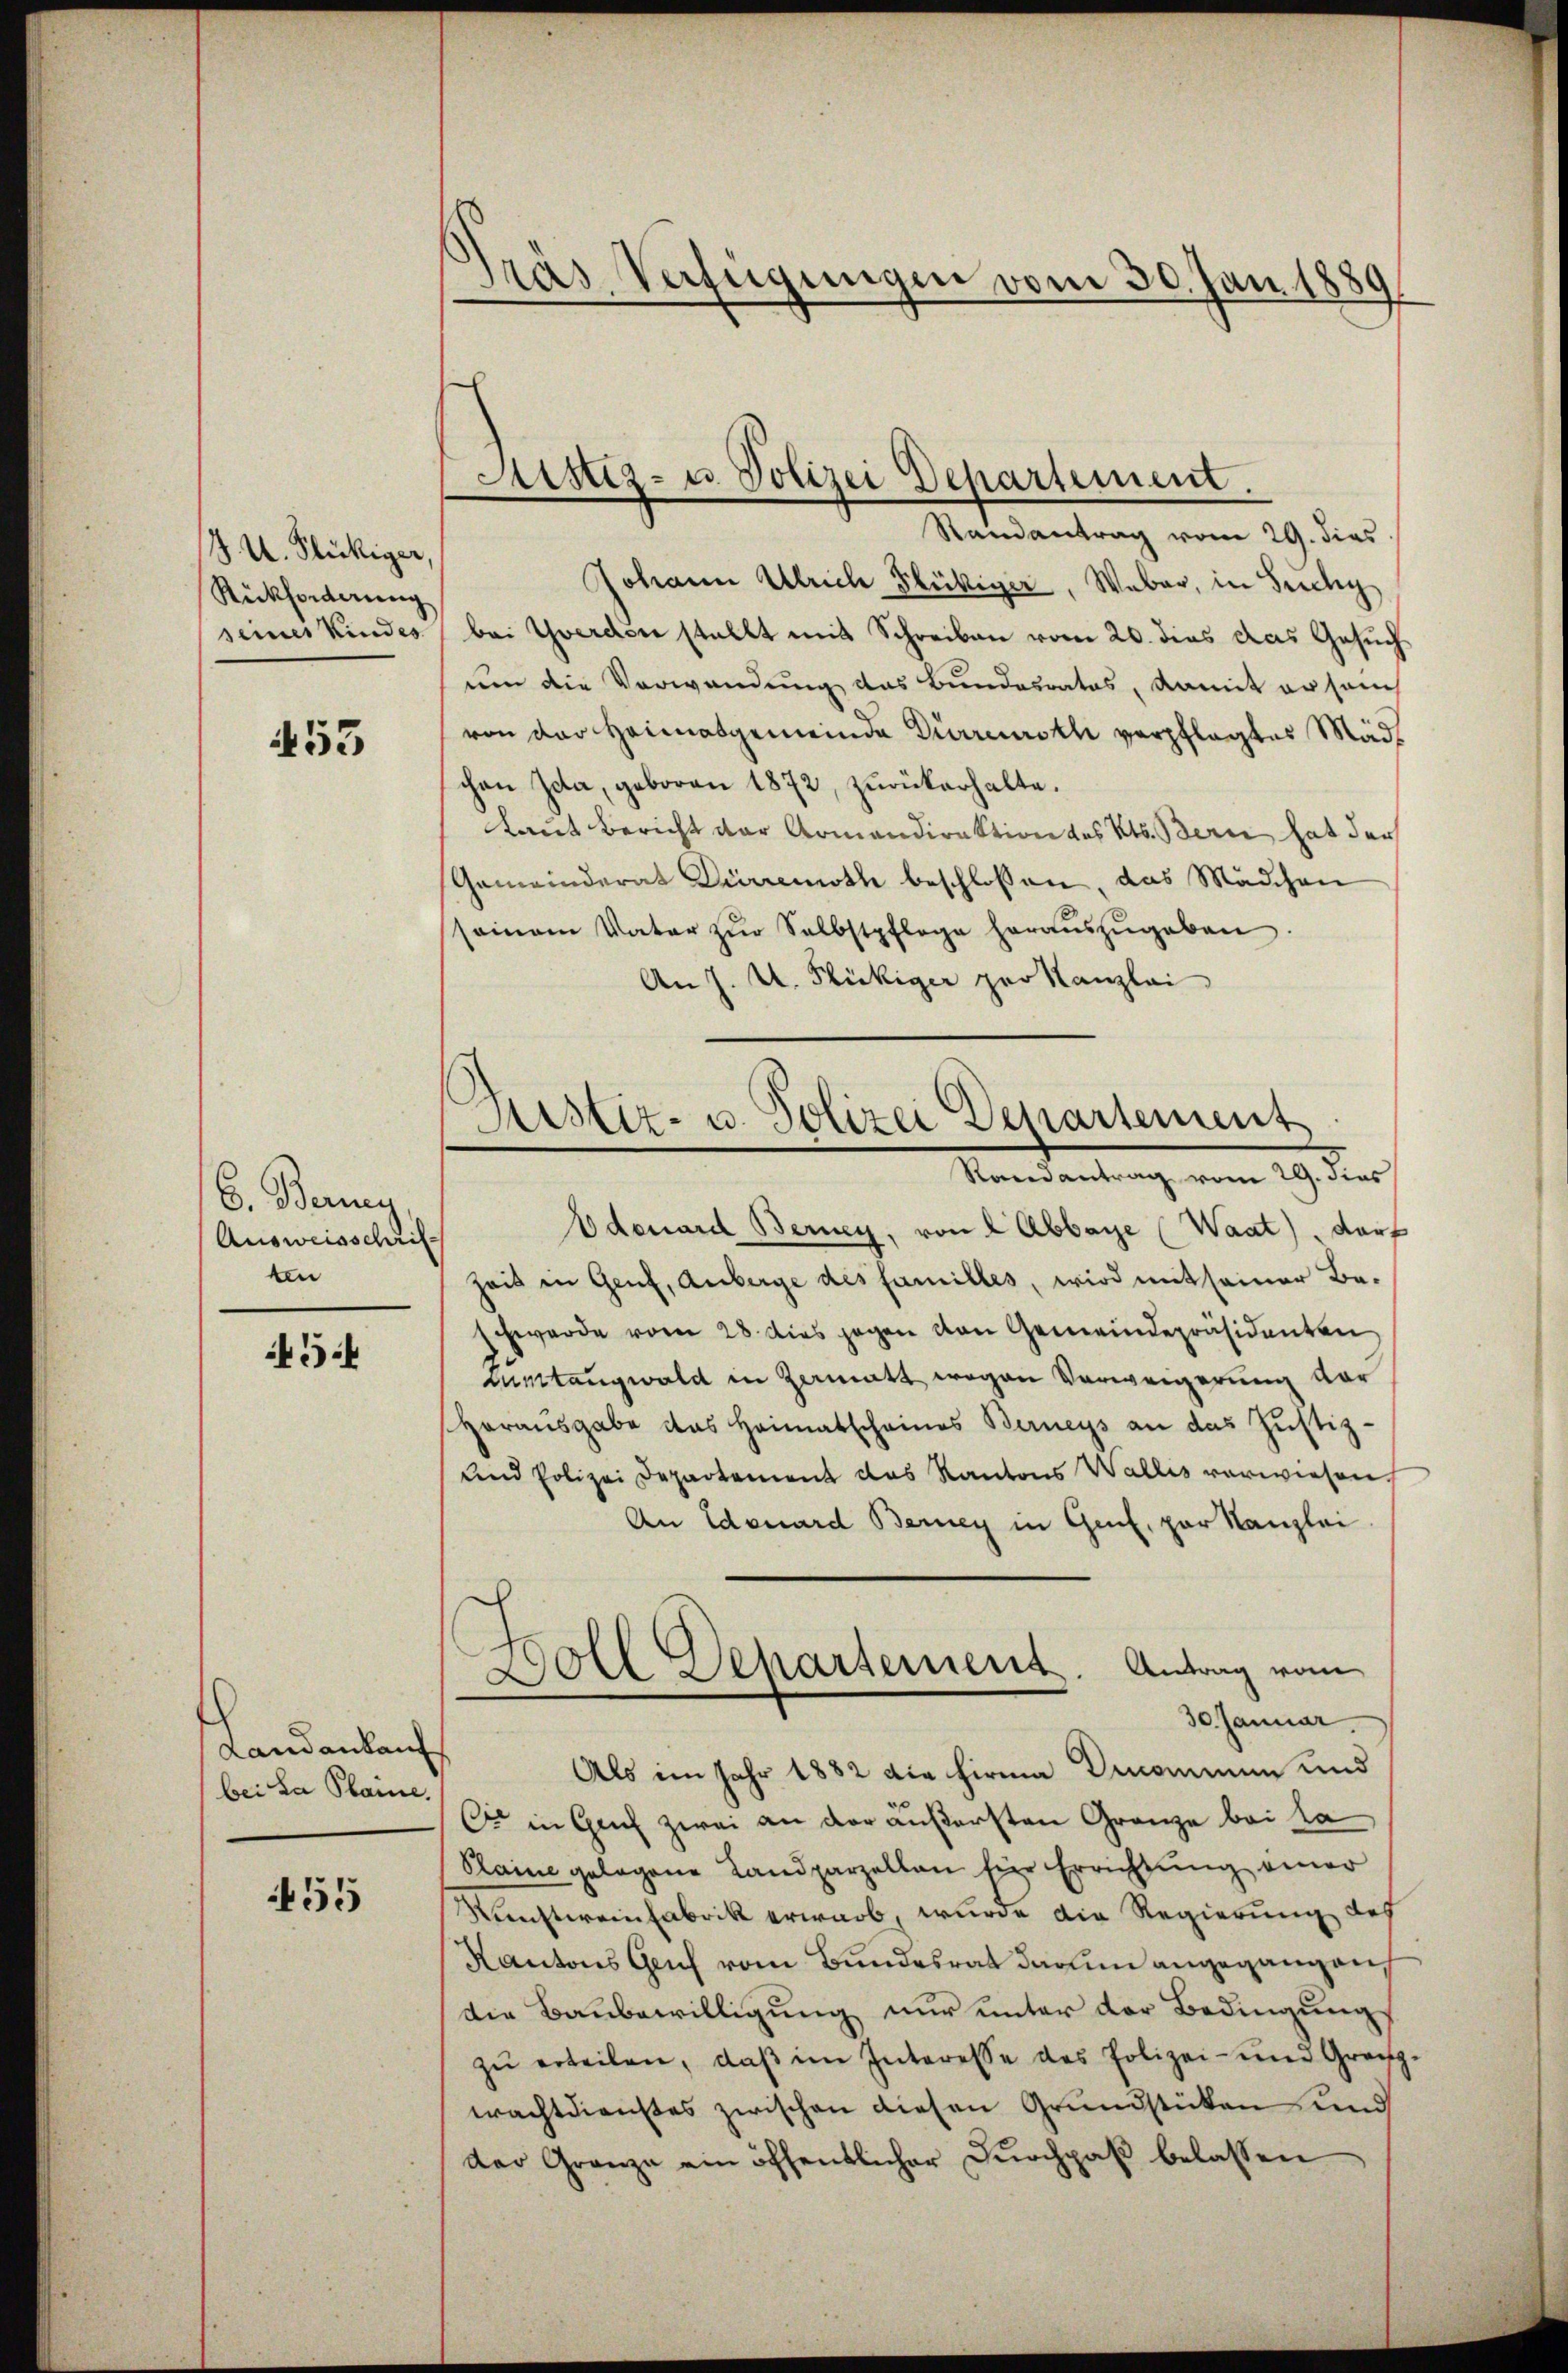
8 U. Flickiger,
Rückforderung
seiner Kindes

453

6. Berney
Ausweisschriften

45:

Landankauf
bei La Plaine.

455

Gras Verfügungen vom 30. Jan. 1889

Randantrag vom 29. dies
Johann Ulrich Flückiger, Weber, in Fricky
bei Yverdin stellt mit Schreiben vom 20. dies das Gesuch
um die Verwendung das Bundesrates, damit er sanc
von der Heimatgemeinde Durreurstli verpflegtes Mädchen Ida, geboren 1872, zŭrückerhalte.
laut Bericht der Komandirektion des Kts. Bern hat der
Gemeinderat Dürremoth beschlossen, das Mädchen
seinem Vater zŭr Selbstpflege heraŭszŭgeben.
An J. U. Flückiger per Kanzlei
Odenard Berney, von 2 Abbaye (Waat), darf
Zeit in Genf, anberge des familles, wird mit seiner Be-
schwerde vom 28. dies gegen von Gemeindepräsidenten
cuntaugwald in Zermatt wegen Vorweigerung vor
Herausgabe das Heimatscheines Berneys an das Justiz-
und Polizei Departement das Kantons Wallis verwiesen,
An Edouard Berney in Genf, par Kanzlei
Doll Departement. Antrag vom
30. Januar,
Als im Jahr 1882 die Firma Denommen und
Cr in Genf zwei an der äußersten Granze bei da
Plaine gelegene Landparzellen für Errichtung einer
Kunstweinfabrik erwarb, wurde die Regierung des
Kantons Genf vom Bundesrat darum angegangen
die Baubewilligung nur unter der Bedingung
zŭ erteilen, daβ im Interesse des Polizei- und Granz-
wachtdienstes zwischen diesen Grundstücken und
der Grenze ein öffentlicher Durchpaß belassen

s
Sistiz- u. Polizei Departement.

Justiz- u. Polizei Departement
Randantrag vom 29. dies